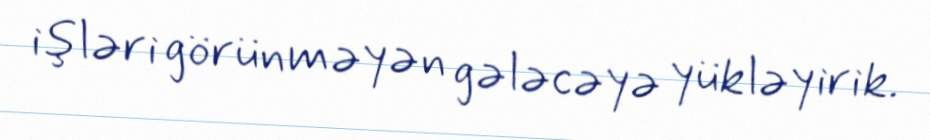
işləri görünməyən gələcəyə yükləyirik.